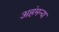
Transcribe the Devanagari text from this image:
अहंमन्य